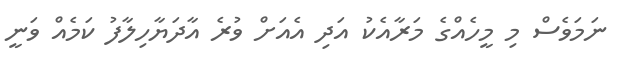
ނަމަވެސް މި މީހެއްގެ މަރާއެކު އަދި އެއަށް ވުރެ އާދަޔާހިލާފު ކަމެއް ވަނީ